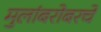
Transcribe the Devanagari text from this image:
मुलांबरोबरचे